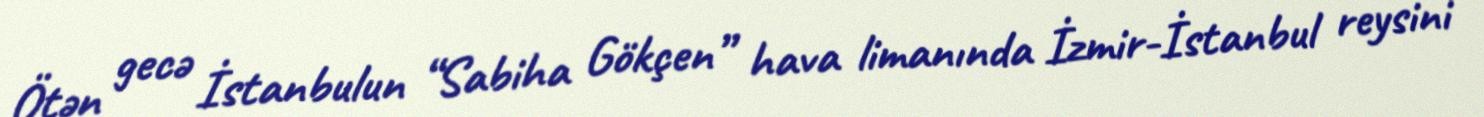
Ötən gecə İstanbulun “Sabiha Gökçen” hava limanında İzmir-İstanbul reysini